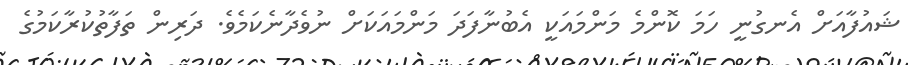
ޝައުފާއަށް އެނގުނީ ހަމަ ކޮންމެ މަންމައަކީ އެބުނާފަދަ މަންމައަކަށް ނުވެދާނެކަމެވެ. ދަރިން ތަފާތުކުރާކަމުގެ